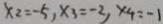
x _ { 2 } = - 5 , x _ { 3 } = - 2 , x _ { 4 } = - 1